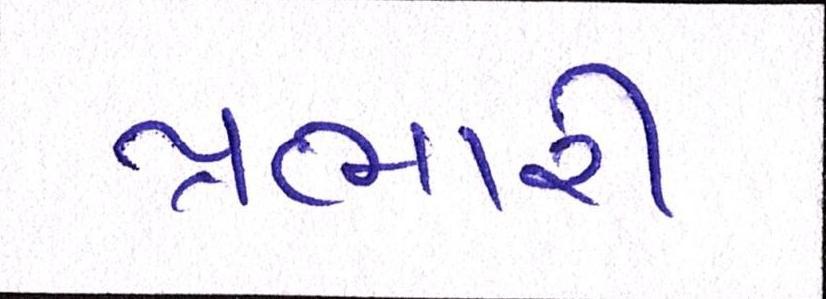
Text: પ્રભારી